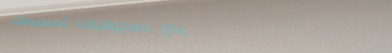
إبداع للمجوهرات: تصميمات